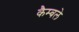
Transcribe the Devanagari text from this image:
कैम्बले